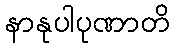
နာနုပါပုဏာတိ